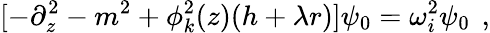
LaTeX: [-\partial_{z}^{2}-m^{2}+\phi_{k}^{2}(z)(h+\lambda r)]\psi_{0}=\omega_{i}^{2}\psi_{0}\, \ ,